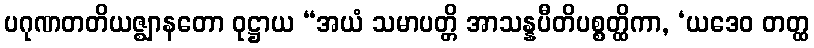
ပဂုဏတတိယဇ္ဈာနတော ဝုဋ္ဌာယ “အယံ သမာပတ္တိ အာသန္နပီတိပစ္စတ္ထိကာ, ‘ယဒေဝ တတ္ထ